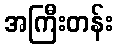
အကြီးတန်း